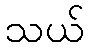
သယ်